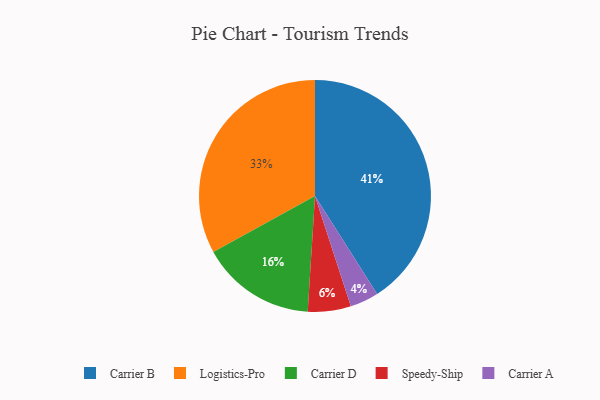
{"axis": {"x": "Category", "y": "Percentage"}, "legend": ["Carrier A", "Carrier B", "Carrier D", "Logistics-Pro", "Speedy-Ship"], "data": [{"x": "Logistics-Pro", "y": 33, "type": "Logistics-Pro"}, {"x": "Carrier A", "y": 4, "type": "Carrier A"}, {"x": "Carrier B", "y": 41, "type": "Carrier B"}, {"x": "Speedy-Ship", "y": 6, "type": "Speedy-Ship"}, {"x": "Carrier D", "y": 16, "type": "Carrier D"}]}